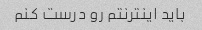
باید اینترنتم رو درست کنم